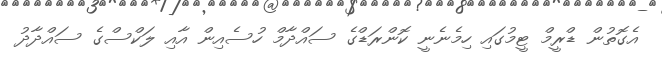
އެގޮތުން ޑްރީމް ޓީމުގައި ހިމެނެނީ ކޮންރަޑްގެ ސައްދާމް ހުސެއިން އާއި ލަކްސްގެ ސައްދާދު